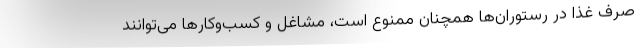
صرف غذا در رستوران‌ها همچنان ممنوع است، مشاغل و کسب‌وکارها می‌توانند